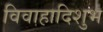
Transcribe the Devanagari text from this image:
विवाहादिशुभ